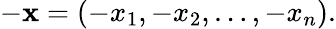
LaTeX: -\mathbf{x}=(-x_{1},-x_{2},\ldots,-x_{n}).